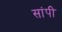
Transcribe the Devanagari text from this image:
सांपी